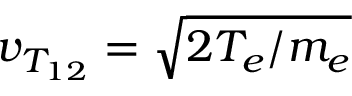
v _ { T _ { 1 2 } } = \sqrt { 2 T _ { e } / m _ { e } }